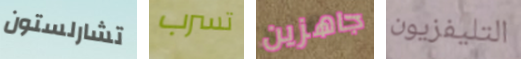
تشارلستون تسرب جاهزين التليفزيون